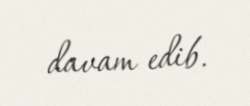
davam edib.